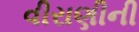
વીરાણીની